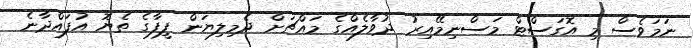
ނަމަވެސް މި އޮގަސްޓް މަސްނިމޭއިރު ދުވާލެއްގެ މައްޗަށް ދެމިލިޔަން ފީފާގެ ތެޔޮ އުފައްދާނެ